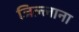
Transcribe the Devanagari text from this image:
जिल्लाना